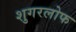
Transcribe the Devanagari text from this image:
शुगरलोफ